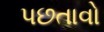
પછતાવો